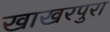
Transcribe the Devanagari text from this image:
खाखरपुरा